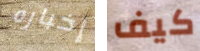
إخباره كيف